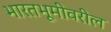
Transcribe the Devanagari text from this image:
भारतभूमीवरील